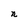
Character: n